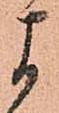
よ